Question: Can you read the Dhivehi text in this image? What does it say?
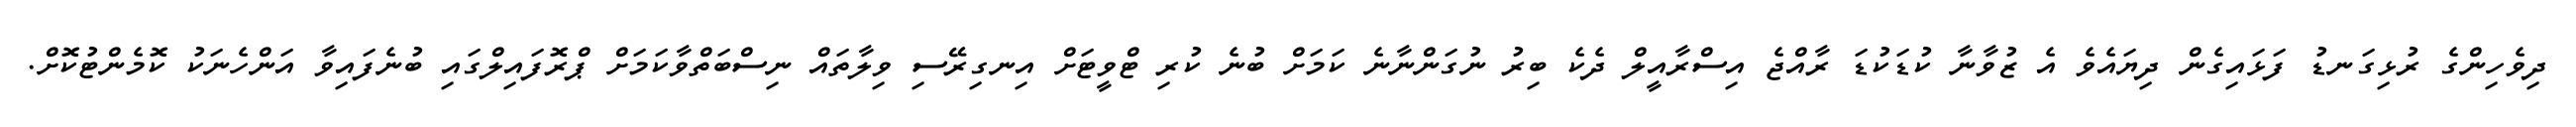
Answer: ދިވެހިންގެ ރުޅިގަނޑު ފަޅައިގެން ދިޔައެވެ އެ ޒުވާނާ ކުޑަކުޑަ ރާއްޖެ އިސްރާއީލް ދެކެ ބިރު ނުގަންނާނެ ކަމަށް ބުނެ ކުރި ޓްވީޓަށް އިނގިރޭސި ވިލާތައް ނިސްބަތްވާކަމަށް ޕްރޮފައިލްގައި ބުނެފައިވާ އަންހެނަކު ކޮމެންޓުކޮށް.